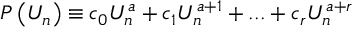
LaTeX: P \left( U _ { n } \right) \equiv c _ { 0 } U _ { n } ^ { a } + c _ { 1 } U _ { n } ^ { a + 1 } + . . . + c _ { r } U _ { n } ^ { a + r }